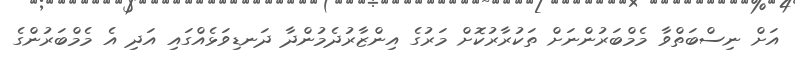
އަށް ނިސްބަތްވާ މެމްބަރުންނަށް ތަކުރާރުކޮށް މަރުގެ އިންޒާރުދެމުންދާ ދަނޑިވަޅެއްގައި އަދި އެ މެމްބަރުންގެ